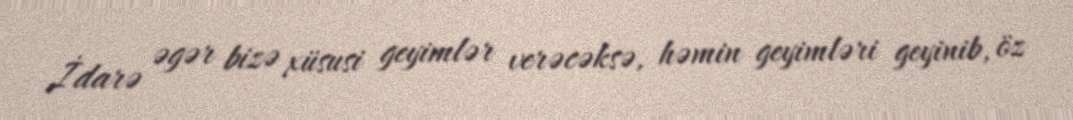
İdarə əgər bizə xüsusi geyimlər verəcəksə, həmin geyimləri geyinib, öz